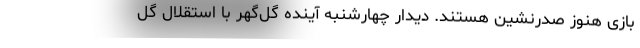
بازی هنوز صدرنشین هستند. دیدار چهارشنبه آینده گل‌گهر با استقلال گُل